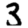
Digit: 3